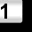
Digit: 1